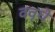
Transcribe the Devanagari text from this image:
ववृधे